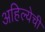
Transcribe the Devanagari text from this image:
अहिल्येची